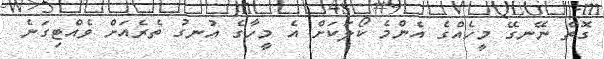
ގޮތް ނޭނގޭ މީހެއްގެ އެންމެ ކޯލަކަށް އެ މީހާގެ އުނގު ތެރެއަށް ވެއްޓިގަނެ